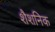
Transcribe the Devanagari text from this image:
शैशनिक